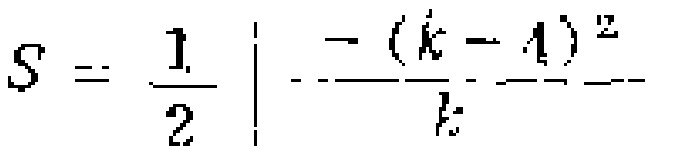
$S = \frac{1}{2} \left| \frac{-(k - 1)^2}{k} \right|$